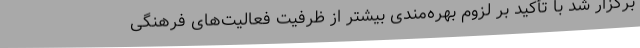
برگزار شد با تأکید بر لزوم بهره‌مندی بیشتر از ظرفیت فعالیت‌های فرهنگی